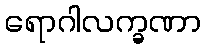
ရောဂါလက္ခဏာ